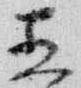
直